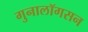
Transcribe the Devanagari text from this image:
गुनालॉगसन